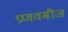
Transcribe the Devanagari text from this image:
प्रणवबीज